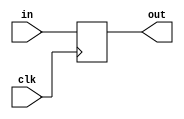
// This program was cloned from: https://github.com/maxs-well/LMS-sound-filtering-by-Verilog
// License: GNU General Public License v3.0

/**
	*	@Function: LMS order
	*	@Date		:	2019/07/09
	*	@Vision		:	v1.0
	*	@Note		: 	refer to LMS_Delay.mdl lms64 16_oder w0
	*	@Author		:	WoodFan
	*	@param	clk		: fpga main clock
	*	@param	rst_n	: active low reset signal
	*/
`timescale 1ns/10ps

module test_signal
(	
	input	       clk,
	input	[15:0] in,
	output  reg[15:0] out
);

//assign out = {{B{in[W-1]}},in[W-1-:O_W-B]};

always @ (posedge clk)
begin
	out <= in;
end


endmodule